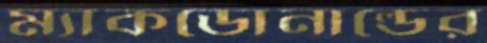
ম্যাকডোনাল্ডের